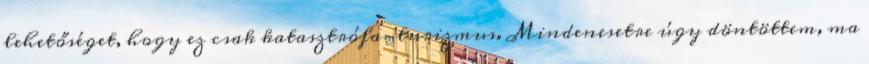
lehetőséget, hogy ez csak katasztrófa-turizmus. Mindenesetre úgy döntöttem, ma